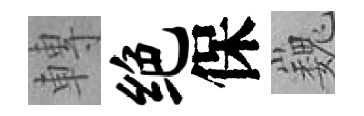
轉绝保巍